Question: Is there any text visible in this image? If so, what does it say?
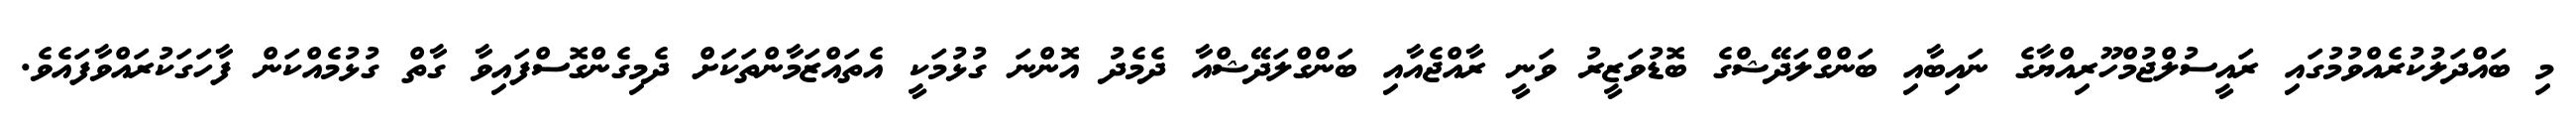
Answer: މި ބައްދަލުކުރެއްވުމުގައި ރައީސުލްޖުމްހޫރިއްޔާގެ ނައިބާއި ބަންގްލަދޭޝްގެ ބޮޑުވަޒީރު ވަނީ ރާއްޖެއާއި ބަންގްލަދޭޝްއާ ދެމެދު އޮންނަ ގުޅުމަކީ އެތައްޒަމާންތަކަށް ދެމިގެންގޮސްފައިވާ ގާތް ގުޅުމެއްކަން ފާހަގަކުރައްވާފައެވެ.